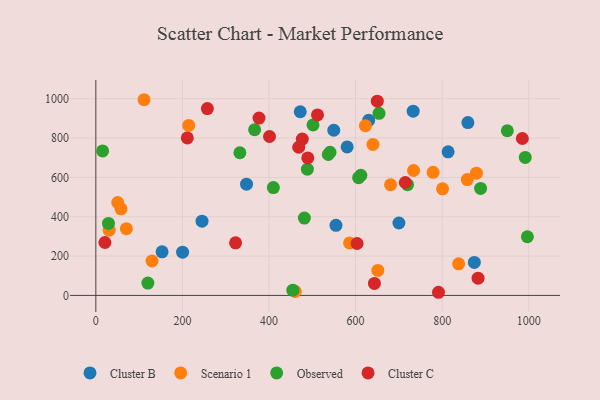
{"axis": {"x": "Price", "y": "Profit"}, "legend": ["Cluster B", "Cluster C", "Observed", "Scenario 1"], "data": [{"x": "580.5", "y": 755.0, "type": "Cluster B"}, {"x": "153.0", "y": 221.8, "type": "Cluster B"}, {"x": "200.4", "y": 219.7, "type": "Cluster B"}, {"x": "813.7", "y": 730.2, "type": "Cluster B"}, {"x": "874.3", "y": 168.0, "type": "Cluster B"}, {"x": "859.4", "y": 878.8, "type": "Cluster B"}, {"x": "554.7", "y": 356.6, "type": "Cluster B"}, {"x": "245.3", "y": 377.3, "type": "Cluster B"}, {"x": "630.2", "y": 890.2, "type": "Cluster B"}, {"x": "700.1", "y": 368.2, "type": "Cluster B"}, {"x": "472.2", "y": 933.8, "type": "Cluster B"}, {"x": "348.1", "y": 565.7, "type": "Cluster B"}, {"x": "549.6", "y": 839.7, "type": "Cluster B"}, {"x": "733.0", "y": 936.8, "type": "Cluster B"}, {"x": "586.1", "y": 267.1, "type": "Scenario 1"}, {"x": "214.5", "y": 864.5, "type": "Scenario 1"}, {"x": "640.1", "y": 767.6, "type": "Scenario 1"}, {"x": "838.0", "y": 160.7, "type": "Scenario 1"}, {"x": "129.8", "y": 175.1, "type": "Scenario 1"}, {"x": "50.5", "y": 472.4, "type": "Scenario 1"}, {"x": "30.8", "y": 331.7, "type": "Scenario 1"}, {"x": "733.9", "y": 635.2, "type": "Scenario 1"}, {"x": "779.0", "y": 625.9, "type": "Scenario 1"}, {"x": "800.9", "y": 541.9, "type": "Scenario 1"}, {"x": "622.7", "y": 863.1, "type": "Scenario 1"}, {"x": "858.0", "y": 589.2, "type": "Scenario 1"}, {"x": "70.5", "y": 339.6, "type": "Scenario 1"}, {"x": "58.2", "y": 440.4, "type": "Scenario 1"}, {"x": "680.8", "y": 562.6, "type": "Scenario 1"}, {"x": "111.4", "y": 995.0, "type": "Scenario 1"}, {"x": "651.3", "y": 127.1, "type": "Scenario 1"}, {"x": "460.8", "y": 19.9, "type": "Scenario 1"}, {"x": "879.2", "y": 621.8, "type": "Scenario 1"}, {"x": "654.1", "y": 925.6, "type": "Observed"}, {"x": "607.0", "y": 598.7, "type": "Observed"}, {"x": "537.0", "y": 716.6, "type": "Observed"}, {"x": "481.7", "y": 393.5, "type": "Observed"}, {"x": "29.2", "y": 366.0, "type": "Observed"}, {"x": "991.9", "y": 701.5, "type": "Observed"}, {"x": "720.0", "y": 563.0, "type": "Observed"}, {"x": "540.9", "y": 728.0, "type": "Observed"}, {"x": "612.1", "y": 610.5, "type": "Observed"}, {"x": "501.7", "y": 866.9, "type": "Observed"}, {"x": "120.2", "y": 63.0, "type": "Observed"}, {"x": "996.8", "y": 298.3, "type": "Observed"}, {"x": "888.7", "y": 543.8, "type": "Observed"}, {"x": "488.6", "y": 641.9, "type": "Observed"}, {"x": "15.7", "y": 734.9, "type": "Observed"}, {"x": "950.5", "y": 837.3, "type": "Observed"}, {"x": "366.8", "y": 842.9, "type": "Observed"}, {"x": "410.1", "y": 548.3, "type": "Observed"}, {"x": "332.7", "y": 725.5, "type": "Observed"}, {"x": "455.0", "y": 26.5, "type": "Observed"}, {"x": "714.8", "y": 574.2, "type": "Cluster C"}, {"x": "603.5", "y": 264.1, "type": "Cluster C"}, {"x": "476.9", "y": 795.0, "type": "Cluster C"}, {"x": "650.2", "y": 987.7, "type": "Cluster C"}, {"x": "791.5", "y": 16.0, "type": "Cluster C"}, {"x": "489.6", "y": 699.2, "type": "Cluster C"}, {"x": "376.9", "y": 901.7, "type": "Cluster C"}, {"x": "401.2", "y": 807.9, "type": "Cluster C"}, {"x": "257.7", "y": 950.1, "type": "Cluster C"}, {"x": "985.2", "y": 797.9, "type": "Cluster C"}, {"x": "21.0", "y": 269.0, "type": "Cluster C"}, {"x": "322.8", "y": 267.3, "type": "Cluster C"}, {"x": "882.9", "y": 87.6, "type": "Cluster C"}, {"x": "468.6", "y": 753.4, "type": "Cluster C"}, {"x": "211.3", "y": 801.0, "type": "Cluster C"}, {"x": "643.5", "y": 61.2, "type": "Cluster C"}, {"x": "512.0", "y": 917.5, "type": "Cluster C"}]}